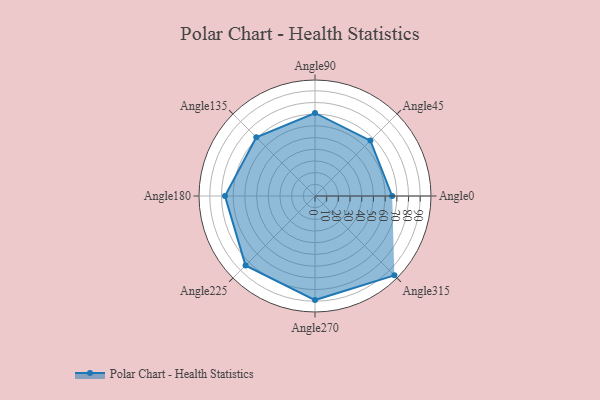
{"axis": {"x": "Angle", "y": "Radius"}, "legend": [""], "data": [{"x": "Angle0", "y": 66.0, "type": ""}, {"x": "Angle45", "y": 67.0, "type": ""}, {"x": "Angle90", "y": 71.0, "type": ""}, {"x": "Angle135", "y": 71.0, "type": ""}, {"x": "Angle180", "y": 77.0, "type": ""}, {"x": "Angle225", "y": 84.0, "type": ""}, {"x": "Angle270", "y": 89.0, "type": ""}, {"x": "Angle315", "y": 96.0, "type": ""}]}